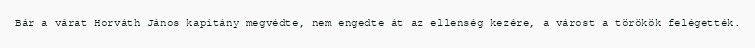
Bár a várat Horváth János kapitány megvédte, nem engedte át az ellenség kezére, a várost a törökök felégették.